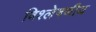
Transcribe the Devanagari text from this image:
विश्लेषणीय